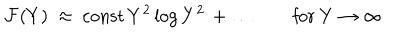
{ \cal F } ( Y ) ~ \approx ~ \mathrm { c o n s t } \, Y ^ { 2 } \log { Y ^ { 2 } } \, + \ldots \qquad \mathrm { f o r ~ } Y \to \infty